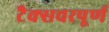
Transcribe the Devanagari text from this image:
टैक्सचरपूर्ण